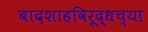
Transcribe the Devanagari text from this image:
बादशाहविरूद्धच्या